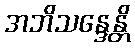
အဘိသန္ဒေန္တိ